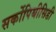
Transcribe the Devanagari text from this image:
सर्कोपिथीसिडी